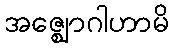
အဇ္ဈောဂါဟာမိ